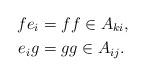
LaTeX: \begin{align*} f e_i &= f f \in A_{ki}, \\ e_i g &= g g \in A_{ij}.\end{align*}